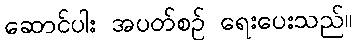
ဆောင်ပါး အပတ်စဉ် ရေးပေးသည်။